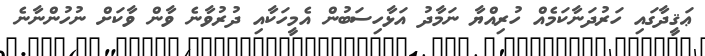
ޢަޤީދާގައި ހަރުދަނާކަމެއް ހުރިއްޔާ ނަމާދު އަޅާހިސަަބުން އެމީހަކާއި ދުރުވާނެ ވާން ވާކަށް ނުހުންނާނެ